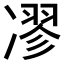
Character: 𠗽